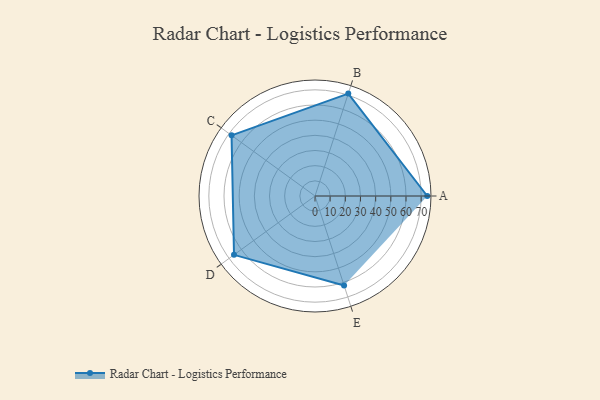
{"axis": {"x": "Skill", "y": "Score"}, "legend": ["Profile"], "data": [{"x": "A", "y": 74.0, "type": "Profile"}, {"x": "B", "y": 71.0, "type": "Profile"}, {"x": "C", "y": 68.0, "type": "Profile"}, {"x": "D", "y": 66.0, "type": "Profile"}, {"x": "E", "y": 62.0, "type": "Profile"}]}